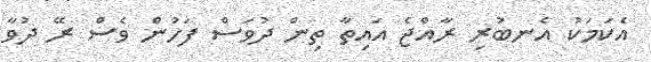
އެކަމަކު އެނބުރި ރާއްޖެ އައިތާ ތިން ދުވަސް ފަހުން ވެސް ރޭ ދުވާ